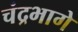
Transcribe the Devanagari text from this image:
चंद्रभागे